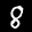
Label: 8